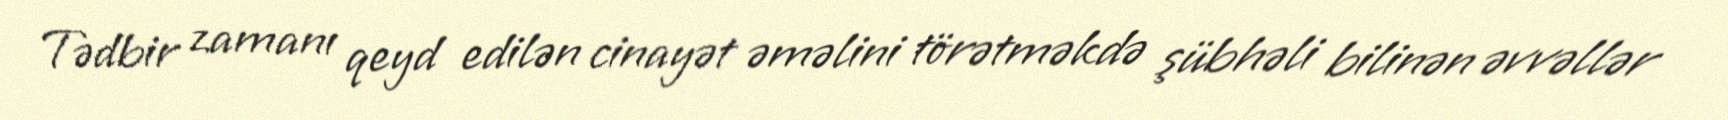
Tədbir zamanı qeyd edilən cinayət əməlini törətməkdə şübhəli bilinən əvvəllər